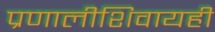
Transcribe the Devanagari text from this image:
प्रणालीशिवायही